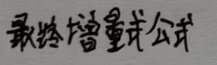
最 终 增 量 式 公 式